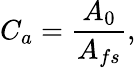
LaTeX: C_{a}=\frac{A_{0}}{A_{fs}},